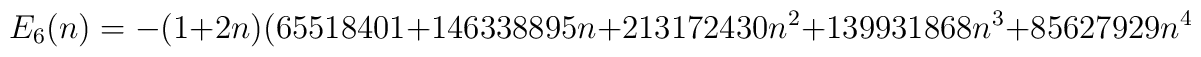
E_{6}(n)=-(1+2n)(65518401+146338895n+213172430n^{2}+139931868n^{3}+85627929n^{4}